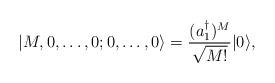
LaTeX: \begin{align*}|M,0,\ldots,0;0,\ldots,0\rangle= {(a_1^\dagger)^M\over\sqrt{M!}}|0\rangle, \end{align*}